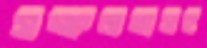
সক্ষমতাসহ